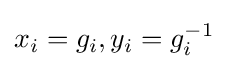
x_{i}=g_{i},y_{i}=g_{i}^{-1}